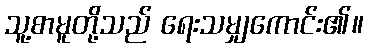
သူ့စာမူတို့သည် ရေးသမျှကောင်း၏။